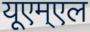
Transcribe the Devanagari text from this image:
यूएम्एल